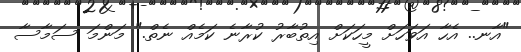
"އާނ.. އެހާ އަވަހަށް މީހަކަށް އިތުބާރު ކުރާނެ ކަމެއް ނެތް." މަންމަ ސަމާސާ